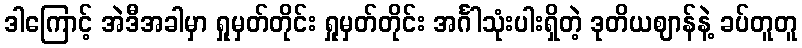
ဒါကြောင့် အဲဒီအခါမှာ ရှုမှတ်တိုင်း ရှုမှတ်တိုင်း အင်္ဂါသုံးပါးရှိတဲ့ ဒုတိယဈာန်နဲ့ ခပ်တူတူ